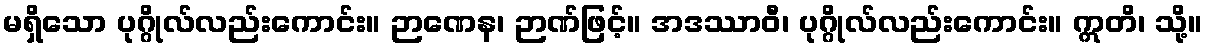
မရှိသော ပုဂ္ဂိုလ်လည်းကောင်း။ ဉာဏေန၊ ဉာဏ်ဖြင့်။ အဒဿာဝီ၊ ပုဂ္ဂိုလ်လည်းကောင်း။ ဣတိ၊ သို့။